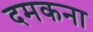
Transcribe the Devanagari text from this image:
दमकना